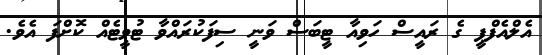
އެލްއެފްޕީ ގެ ރައީސް ހަވިއާ ޓީބަސް ވަނީ ސިފަކުރައްވާ ޓުވީޓެއް ކޮށްފަ އެވެ.